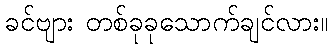
ခင်ဗျား တစ်ခုခုသောက်ချင်လား။